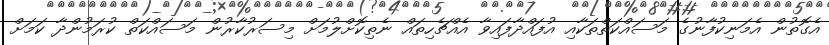
އެގޮތުން އެމަނިކުފާނުގެ މަސައްކަތްތަކާއި އުފައްދާފައިވާ އެއްޗެހިތައް ނެތިކޮށްލުމަށް މިސަރުކާރުން މަސައްކަތް ކުރަމުންދާ ކަމަށް